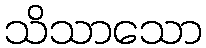
သိသာသော